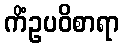
ကိံဥပဝိစာရာ